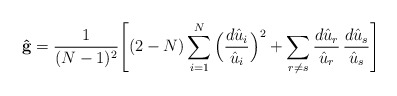
\begin{align*}{\bf {\hat g}} = \frac{1}{(N-1)^2} \Bigg[ (2-N) \sum_{i=1}^N\Big( \frac{d{\hat u}_i}{{\hat u}_i} \Big)^2 + \sum_{r \neq s}\frac{d{\hat u}_r}{{\hat u}_r}\,\frac{d{\hat u}_s}{{\hat u}_s} \Bigg]\end{align*}